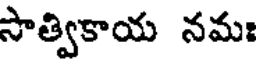
సాత్వికాయ నమః